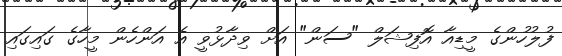
ފުލުހުންގެ މީޑިއާ އޮފިޝަލް "ސަން" އަށް ވިދާޅުވީ އެ އަންހެން މީހާގެ ގައިގައި